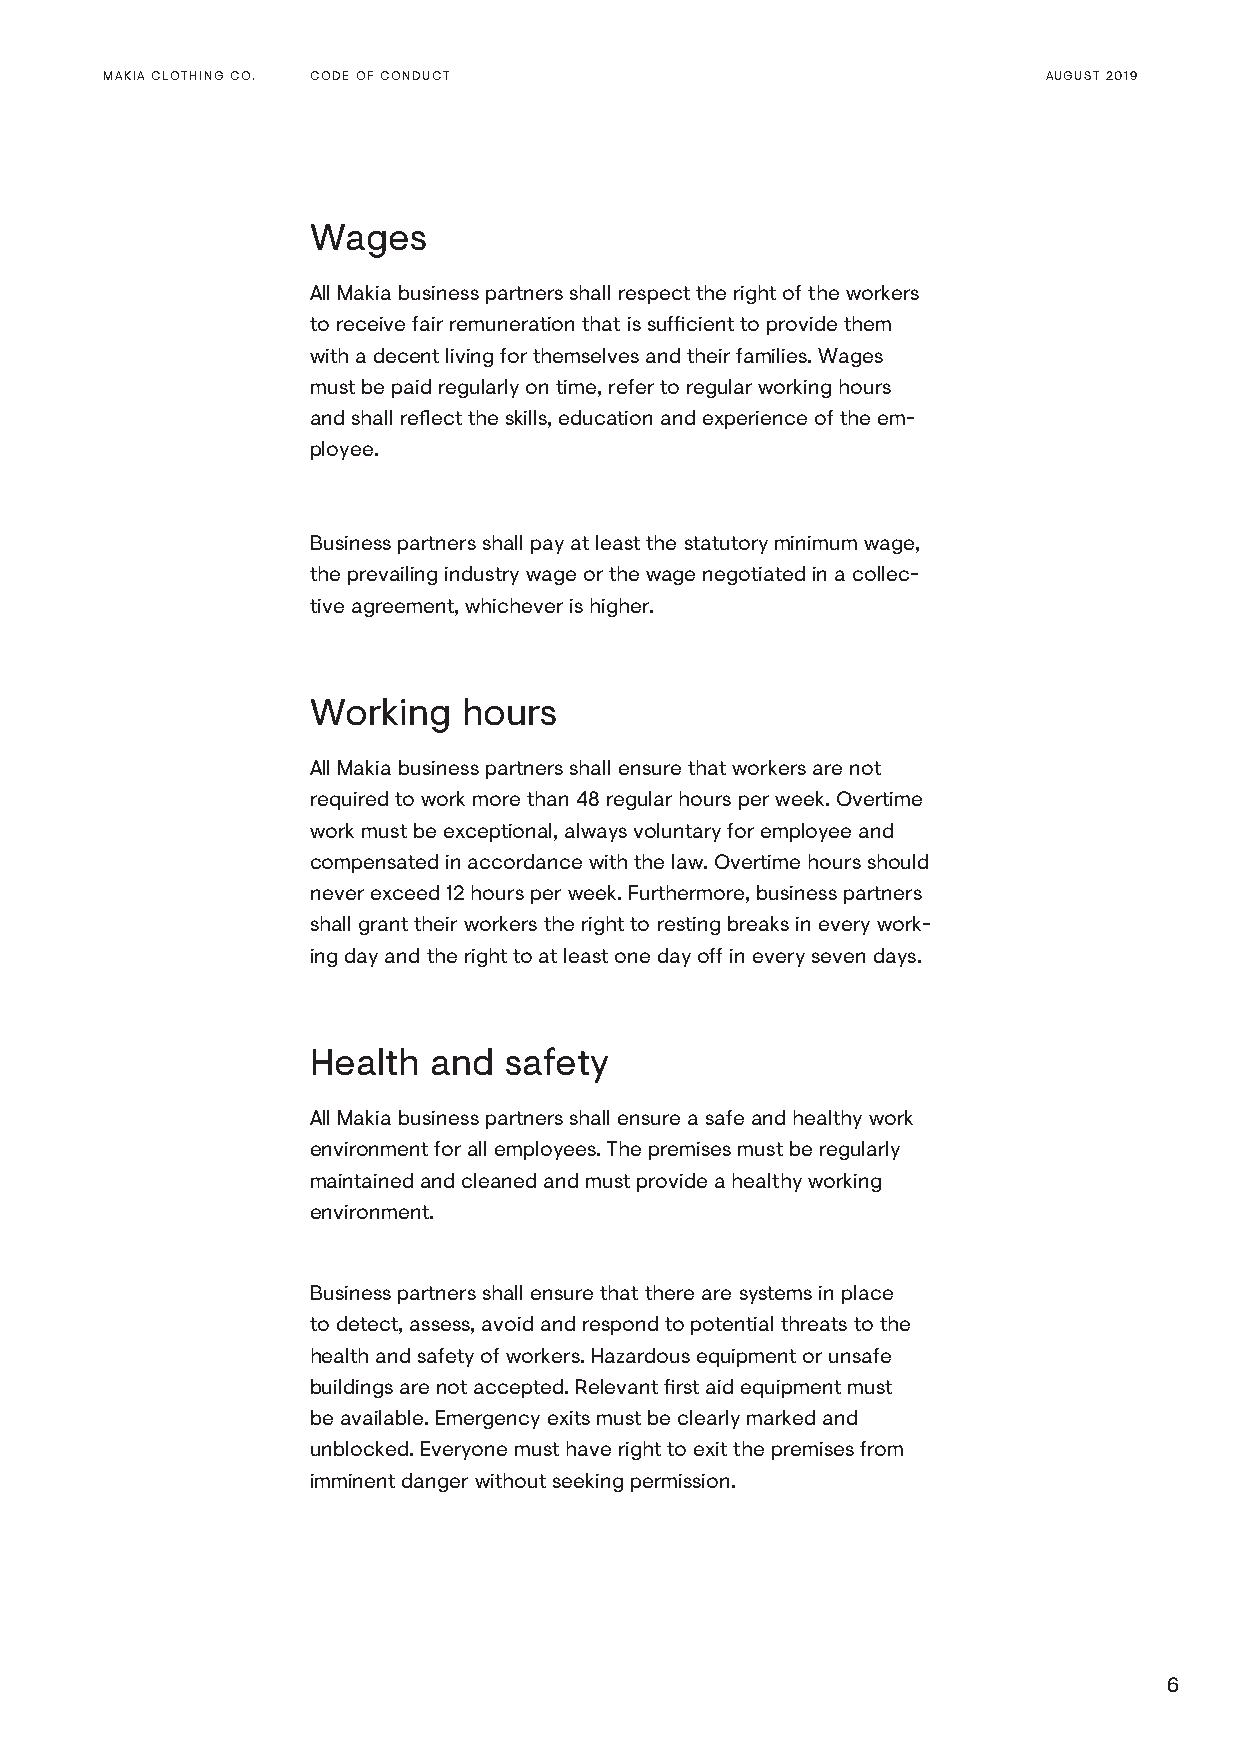
MAKIA CLOTHING CO. CODE OF CONDUCT                            AUGUST 2019
 Wages
 All Makia business partners shall respect the right of the workers
 to receive fair remuneration that is sufficient to provide them
 with a decent living for themselves and their families. Wages
 must be paid regularly on time, refer to regular working hours
 and shall reflect the skills, education and experience of the em-
 ployee.
 Business partners shall pay at least the statutory minimum wage,
 the prevailing industry wage or the wage negotiated in a collec-
 tive agreement, whichever is higher.
 Working   hours
 All Makia business partners shall ensure that workers are not
 required to work more than 48 regular hours per week. Overtime
 work must be exceptional, always voluntary for employee and
 compensated in accordance with the law. Overtime hours should
 never exceed 12 hours per week. Furthermore, business partners
 shall grant their workers the right to resting breaks in every work-
 ing day and the right to at least one day off in every seven days.
 Health  and safety
 All Makia business partners shall ensure a safe and healthy work
 environment for all employees. The premises must be regularly
 maintained and cleaned and must provide a healthy working
 environment.
 Business partners shall ensure that there are systems in place
 to detect, assess, avoid and respond to potential threats to the
 health and safety of workers. Hazardous equipment or unsafe
 buildings are not accepted. Relevant first aid equipment must
 be available. Emergency exits must be clearly marked and
 unblocked. Everyone must have right to exit the premises from
 imminent danger without seeking permission.
 6